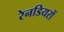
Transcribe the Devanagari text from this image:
रेनडियरों